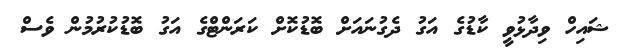
ޝައިހް ވިދާޅުވީ ކާޑުގެ އަގު ދެގުނައަށް ބޮޑުކޮށް ކަރަންޓްގެ އަގު ބޮޑުކުރުމުން ވެސް